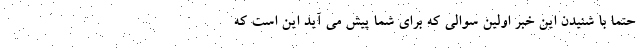
حتما با شنیدن این خبر اولین سوالی که برای شما پیش می آید این است که